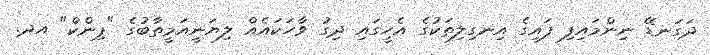
ދަގަނޑޭ ނިންމައިފި ފައިގެ އިނގިލިތަކުގެ އެހީގައި ދިގު ވާހަކައެއް ލިޔަނީއަމީތާބުގެ "ޕިންކް" އދ.